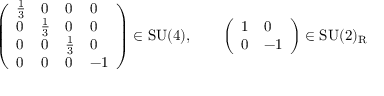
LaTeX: { \left( \begin{array} { l l l l } { { \frac { 1 } { 3 } } } & { 0 } & { 0 } & { 0 } \\ { 0 } & { { \frac { 1 } { 3 } } } & { 0 } & { 0 } \\ { 0 } & { 0 } & { { \frac { 1 } { 3 } } } & { 0 } \\ { 0 } & { 0 } & { 0 } & { - 1 } \end{array} \right) } \in { \mathrm { S U } } ( 4 ) , \qquad { \left( \begin{array} { l l } { 1 } & { 0 } \\ { 0 } & { - 1 } \end{array} \right) } \in { \mathrm { S U } } ( 2 ) _ { \mathrm { R } }